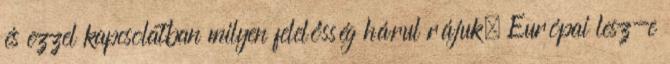
és ezzel kapcsolatban milyen felelősség hárul rájuk. Európai lesz-e